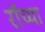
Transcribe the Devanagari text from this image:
रॉच्या